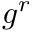
g ^ { r }